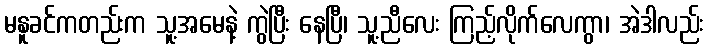
မနူခင်ကတည်းက သူ့အမေနဲ့ ကွဲပြီး နေပြီ၊ သူ့ညီလေး ကြည့်လိုက်လေကွာ၊ အဲဒါလည်း